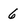
Character: 6